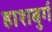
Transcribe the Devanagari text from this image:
हाशबुर्ग